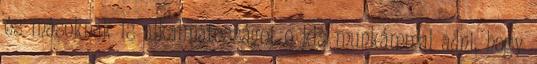
és másoknak is alkalmatosságot e kis munkámmal adni, hogy